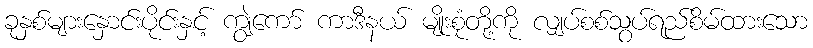
ခုနှစ်များနှောင်းပိုင်းနှင့် ကျွဲကော် ကာဒီနယ် မျိုးစုံတို့ကို လျှပ်စစ်သွပ်ရည်စိမ်ထားသော